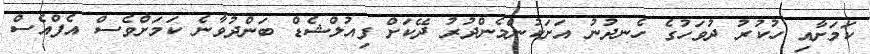
ކަމަށާއި ހުކުރު ދުވަހުގެ ހެނދުނު އަށަކުންމެންދުރު ދޭކަށް ފިއުލްޝެޑް ބަންދުވާނެ ކަމަށްވެސް އެފްއެސް